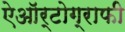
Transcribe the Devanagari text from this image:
ऐऑर्टोग्राफी